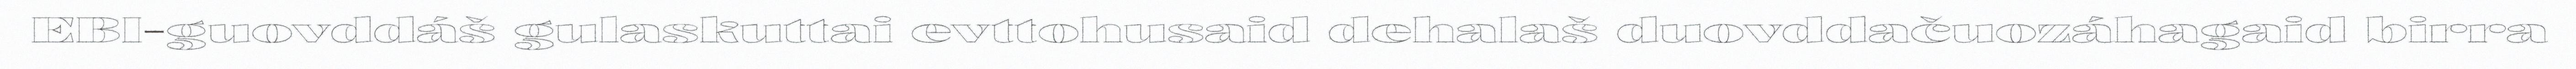
EBI-guovddáš gulaskuttai evttohusaid dehalaš duovddačuozáhagaid birra